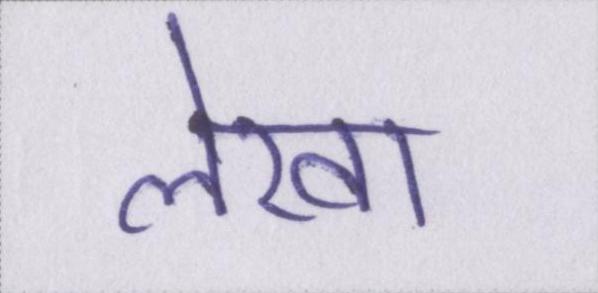
लेखा